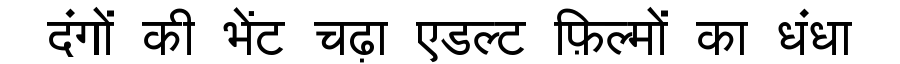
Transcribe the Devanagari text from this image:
दंगों की भेंट चढ़ा एडल्ट फ़िल्मों का धंधा